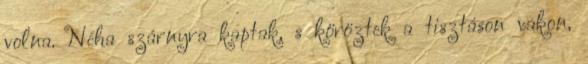
volna. Néha szárnyra kaptak, s köröztek a tisztáson vakon,